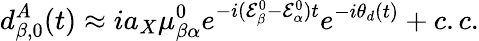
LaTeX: d_{\beta,0}^{A}(t)\approx ia_{X}\mu_{\beta\alpha}^{0}e^{-i(\mathcal{E}_{\beta}^{0}-\mathcal{E}_{\alpha}^{0})t}e^{-i\theta_{d}(t)}+c.c.